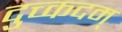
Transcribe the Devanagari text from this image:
दुच्कदम्